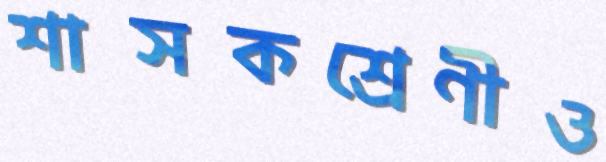
শাসকশ্রেণীও